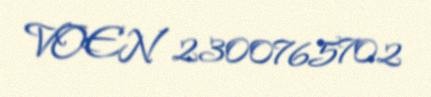
VOEN 2300765702